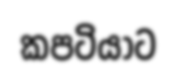
කපටියාට